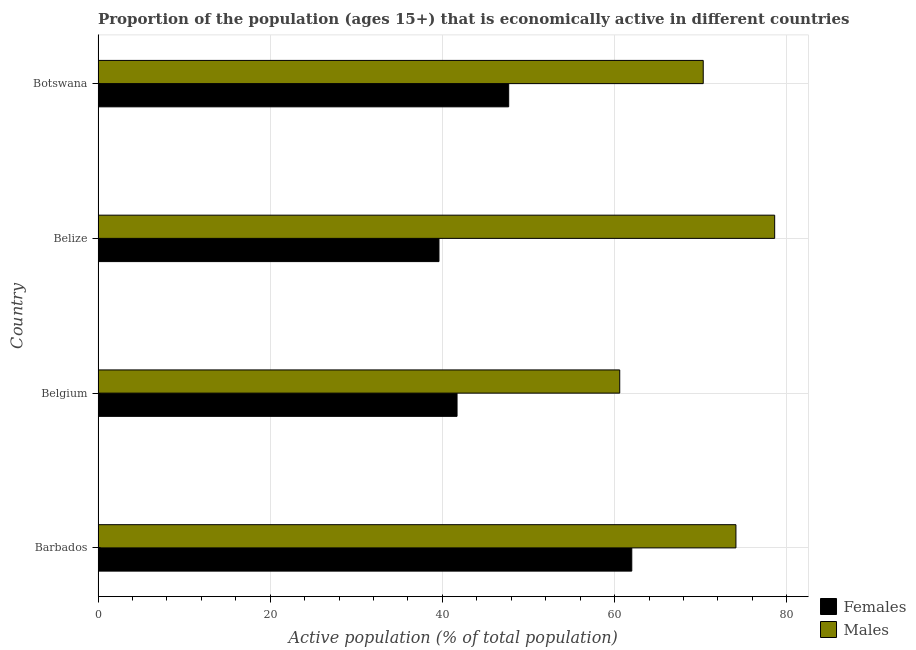
| Country | Females | Males |
 | --- | --- | --- |
 | Barbados | 62 | 74.1 |
 | Belgium | 41.7 | 60.6 |
 | Belize | 39.6 | 78.6 |
 | Botswana | 47.7 | 70.3 |